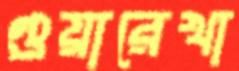
গুয়ারেখা